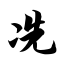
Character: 冼